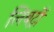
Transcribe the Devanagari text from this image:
लिबर्ट्री